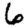
Digit: 6